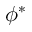
\phi ^ { \ast }